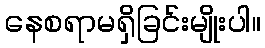
နေစရာမရှိခြင်းမျိုးပါ။